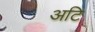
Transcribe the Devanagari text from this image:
अटि